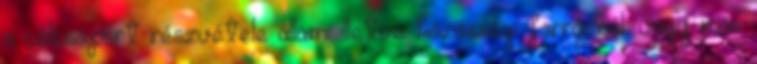
a célcsoport részvétele állami illetve közösségi forrásból, vagy más